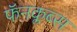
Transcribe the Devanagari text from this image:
फॅनक्लब्स